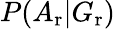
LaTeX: P(A_{\mathrm{r}}|G_{\mathrm{r}})